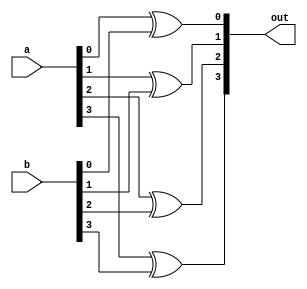
module exor4(
    input [3:0] a,
    input [3:0] b,
    output [3:0] out
    );
    xor xor0 (out[0],a[0],b[0]);
    xor xor1 (out[1],a[1],b[1]);
    xor xor2 (out[2],a[2],b[2]);
    xor xor3 (out[3],a[3],b[3]);
    
endmodule